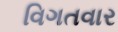
વિગતવાર